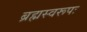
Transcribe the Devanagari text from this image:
ब्रह्मस्वरूपः